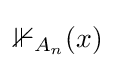
\mathbb {1} _{A_{n}}(x)